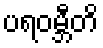
ပရဝမ္ဘီတိ